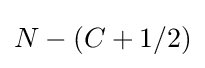
N-(C+1/2)